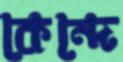
কেন্দে